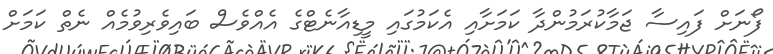
ފޯނަށް ފައިސާ ޖަމާކުރަމުންދާ ކަމަށާއި އެކަމުގައި މީޑިއާނެޓްގެ އެއްވެސް ބައިވެރިވުމެއް ނެތް ކަމަށް